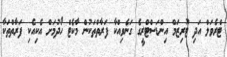
ޓްރެވަލް އަދި ޓޫރިޒަމް އިންޑަސްޓްރީގެ ގަނެވިއްކާ ފަރާތްތަކުން މާކެޓް ހޯދުމަށް އެކިއެކި ފަރާތްތަކާ